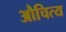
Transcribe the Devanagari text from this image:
औचित्‍य